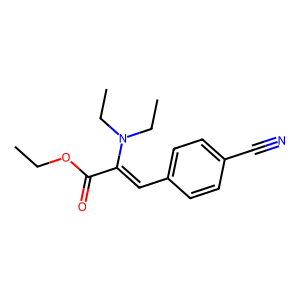
SMILES: CCOC(=O)C(=Cc1ccc(C#N)cc1)N(CC)CC
Inhibits HIV replication: No